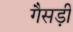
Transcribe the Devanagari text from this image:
गैसड़ी